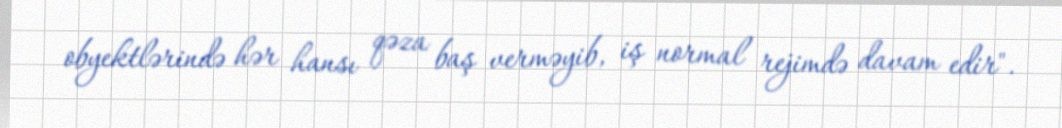
obyektlərində hər hansı qəza baş verməyib, iş normal rejimdə davam edir".